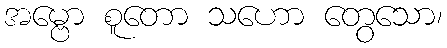
အမ္ဗော စူတော သဟော တွေသော၊